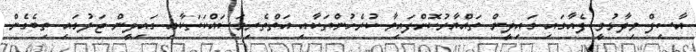
އާސިފް ވިދާޅުވީ ފެއާގައި ގައިދީން ތައްޔާރުކޮށްފައިވާ ކުރެހުންތަކާއި އަތްތެރިމަސައްކަތަކާއި ގައިދީން ޖަލުގައި ތިބެގެން